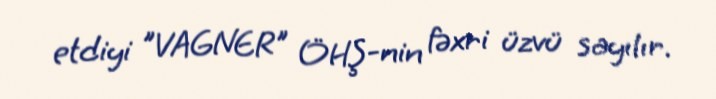
etdiyi "VAGNER" ÖHŞ-nin fəxri üzvü sayılır.